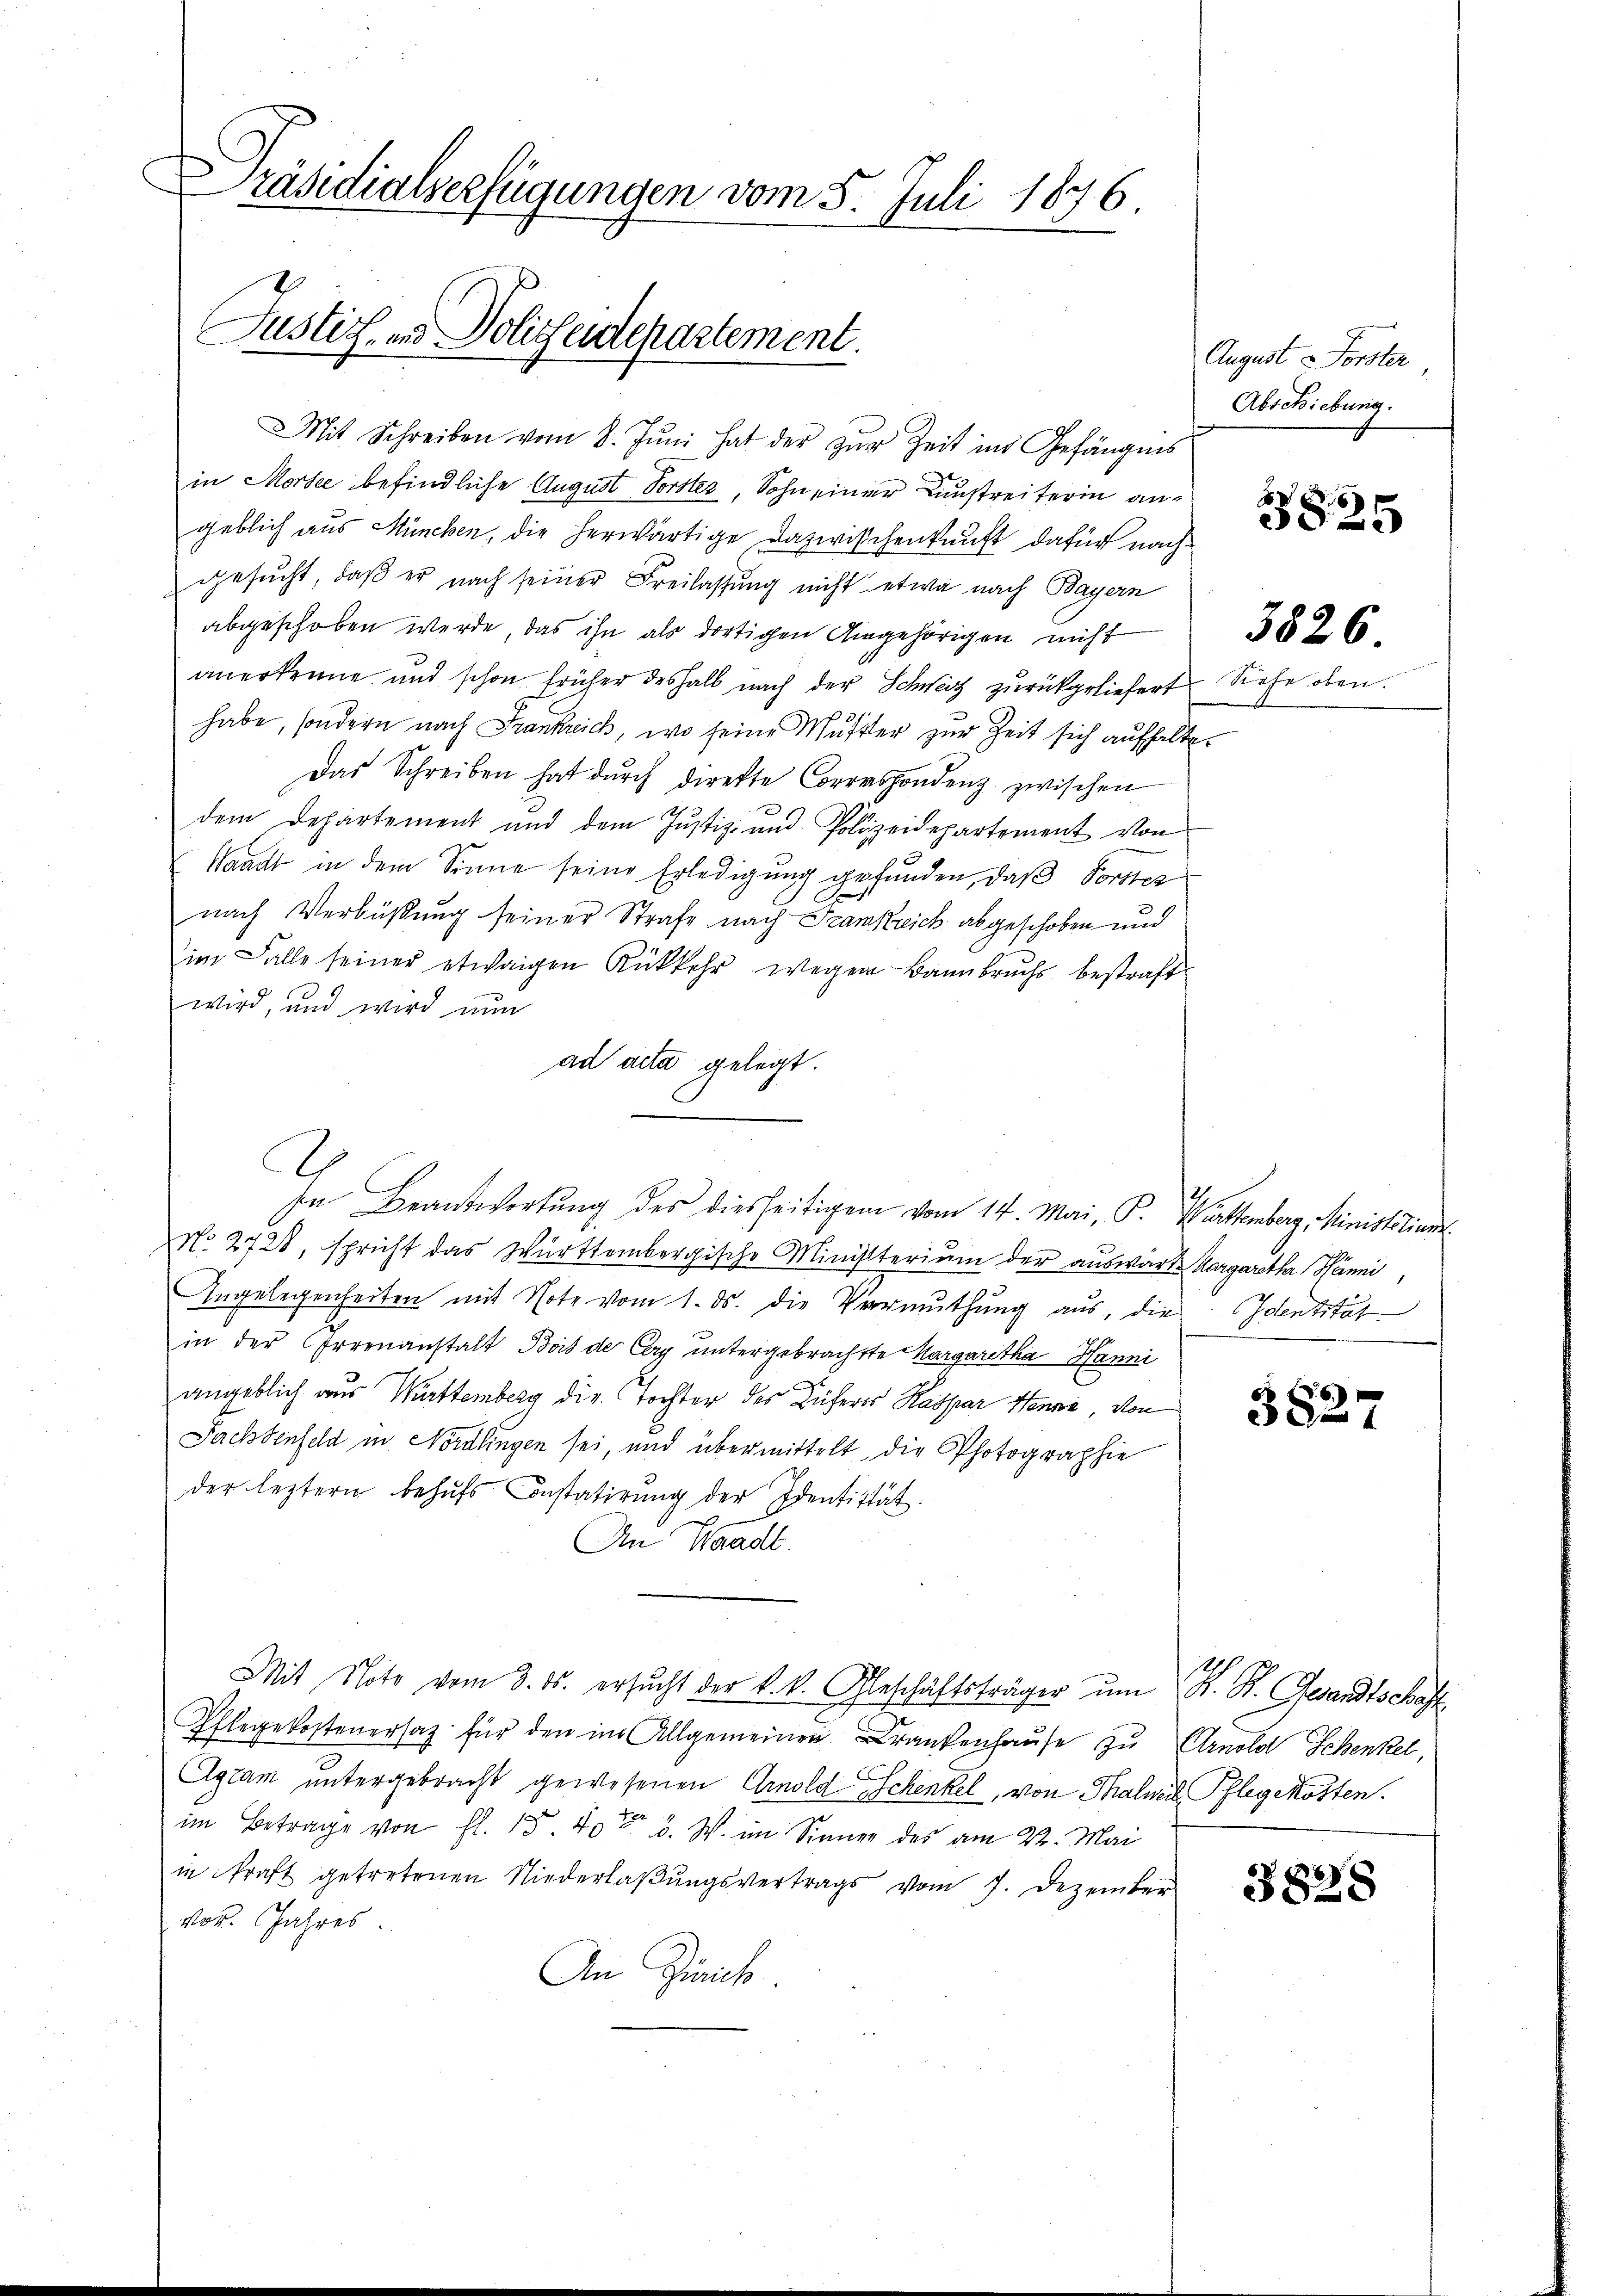
räsidialverfügungen vom 5. Juli 1876.
Justiz- und Policentepartement.

Mit Schreiben vom 8. Jŭni hat der zŭr Zeit in Gefängnis
in Morsee befindliche August Vorster, Sohn einer Kunstreiterin angeblich aus München, die herwärtige Dazwischenkunft dafür nachgesucht, daß er nach seiner Freilassung nicht etwa nach Bayern
abgeschoben werde, das ihn als dortigen Angehörigen nicht
anerkenne und schon früher deshalb nach der Schweiz zurückgeliefert
habe, sondern nach Frankreich, wo seine Mutter zur Zeit sich aufhalte
Das Schreiben hat dŭrch direkte Correspondenz zwischen
dem Departement und dem Justiz- und Polizeidepartement von
Waacht in dem Sinne seine Erledigung gefunden, daß Vorster
nach Verbüßung seiner Strafe nach Frankreich abgeschoben und
im Falle seiner etwaigen Rükkehr wegen Bannbruchs bestraft
wird, und wird nun
ad acta gelegt.
No. 2728, spricht das Württembergische Ministerium der auswärts Aargaretha Hänni,
Angelegenheiten mit Note vom 1. ds. die Vermuthung aus, die Identität
in der Irrenanstalt Bois der Cery untergebrachtte Margaretha Hanni
angeblich aus Württemberg die Tochter des Rüheres Kaspar Henne, von
Pachtenfeld in Nordlingen sei, und übermittelt, die Photographie
der leztern behufs Instatirung der Identität.
An Waadt.
Mit Note vom 3. ds. ersŭcht der k. k. Geschäftsträger ŭm H. St. Gesandtschaft
Pflegekostenersatz für den im Allgemeinen Krankenhaŭse zu Arnold Schenkel,
Agram untergebracht gewesenen Arnold Eschenkel, von Thalweil, Pflegekosten.
im Betrage von fl. 15. 406. W. im Sinner des am 22. Mai
in kraft getretenen Niederlaßungsvertrags vom 7. Dezember
vor. Jahres
An Zürich

In Beantwortŭng des diesseitigem vom 14. Mai, P. Württemberg, Ministerian¬

August Forster
Abschiebung.

F
.
2

Siehe oben

3826

6
32

3828